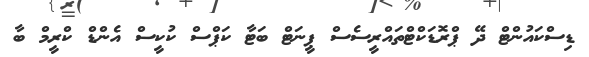
ޑިސްކައުންޓް ދޭ ޕްރޮޑަކްޓްތައްރީސެސް ޕީނަޓް ބަޓާ ކަޕްސް ކުކީސް އެންޑް ކްރީމް ބާ